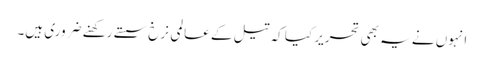
انہوں نے یہ بھی تحریر کیا کہ تیل کے عالمی نرخ سستے رکھنے ضروری ہیں۔